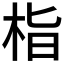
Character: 栺